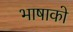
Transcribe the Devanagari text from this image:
भाषाको